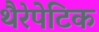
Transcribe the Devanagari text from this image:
थैरेपेटिक